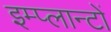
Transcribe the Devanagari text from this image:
इम्प्लान्टों